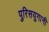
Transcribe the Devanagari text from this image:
पुरिसयुगानी